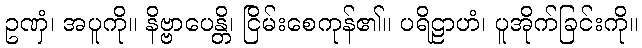
ဥဏှံ၊ အပူကို။ နိဗ္ဗာပေန္တိ၊ ငြိမ်းစေကုန်၏။ ပရိဠာဟံ၊ ပူအိုက်ခြင်းကို။